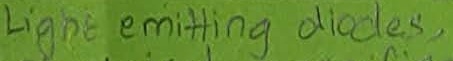
Text: Light emitting diodes,